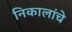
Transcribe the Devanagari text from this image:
निकालांचे